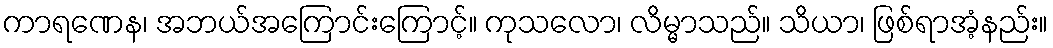
ကာရဏေန၊ အဘယ်အကြောင်းကြောင့်။ ကုသလော၊ လိမ္မာသည်။ သိယာ၊ ဖြစ်ရာအံ့နည်း။